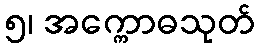
၅၊ အက္ကောဓသုတ်